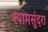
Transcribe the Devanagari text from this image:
श्यामसुंदरा